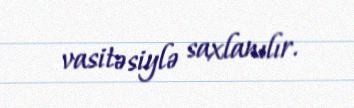
vasitəsiylə saxlanılır.